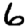
Digit: 6